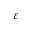
\varepsilon